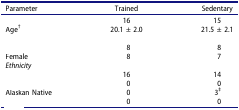
<table><thead><tr><td><b>Parameter</b></td><td><b>Trained</b></td><td><b>Sedentary</b></td></tr></thead><tbody><tr><td>[EMPTY_CELL]</td><td>16</td><td>15</td></tr><tr><td>Age<sup>†</sup></td><td>20.1 ± 2.0</td><td>21.5 ± 2.1</td></tr><tr><td>[EMPTY_CELL]</td><td>[EMPTY_CELL]</td><td>[EMPTY_CELL]</td></tr><tr><td>[EMPTY_CELL]</td><td>8</td><td>8</td></tr><tr><td>Female</td><td>8</td><td>7</td></tr><tr><td><i>Ethnicity</i></td><td>[EMPTY_CELL]</td><td>[EMPTY_CELL]</td></tr><tr><td>[EMPTY_CELL]</td><td>16</td><td>14</td></tr><tr><td>[EMPTY_CELL]</td><td>0</td><td>0</td></tr><tr><td>Alaskan Native</td><td>0</td><td>3<sup>‡</sup></td></tr><tr><td>[EMPTY_CELL]</td><td>0</td><td>0</td></tr></tbody></table>